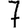
Digit: 7